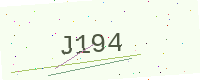
Text: J194